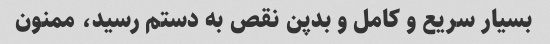
بسیار سریع و کامل و بدپن نقص به دستم رسید، ممنون